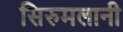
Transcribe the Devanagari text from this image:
सिरुमलानी